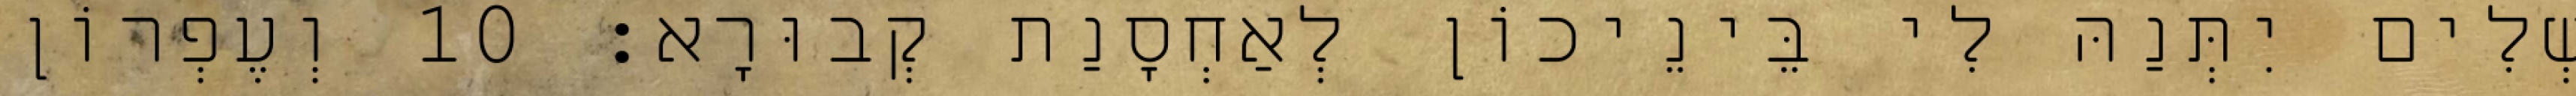
שְׁלִים יִתְּנַהּ לִי בֵּינֵיכוֹן לְאַחְסָנַת קְבוּרָא׃ 10 וְעֶפְרוֹן